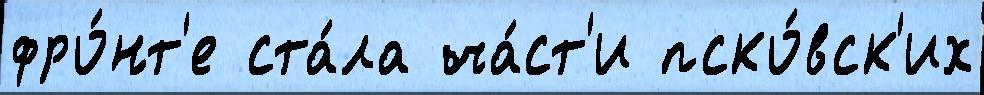
фро́нт'е ста́ла ча́ст'и пско́вск'их